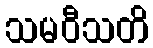
သမဝီသတိ